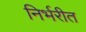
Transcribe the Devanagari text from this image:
निर्भरीत